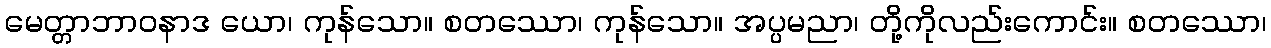
မေတ္တာဘာဝနာဒ ယော၊ ကုန်သော။ စတဿော၊ ကုန်သော။ အပ္ပမညာ၊ တို့ကိုလည်းကောင်း။ စတဿော၊